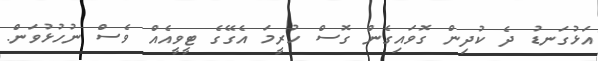
އަޅުގަނޑު ދެ ކުދިން ގޮވައިގެން ގޮސް ހުރީމަ އެގޭގެ ޓީވީއެއް ވެސް ނުހުޅުވަން.